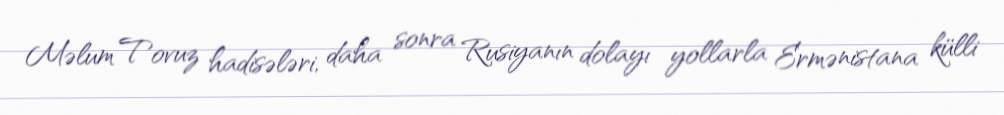
Məlum Tovuz hadisələri, daha sonra Rusiyanın dolayı yollarla Ermənistana külli